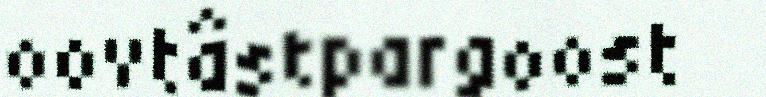
oovtâstpargoost